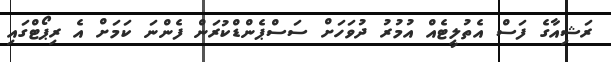
ރަޝިއާގެ ފަސް އެތުލީޓެއް އުމުރު ދުވަހަށް ސަސްޕެންޑްކުރަން ފެންނަ ކަމަށް އެ ރިޕޯޓްގައި